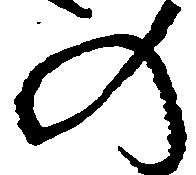
の